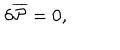
LaTeX: \delta { \overline { { { \cal P } } } } = 0 ,